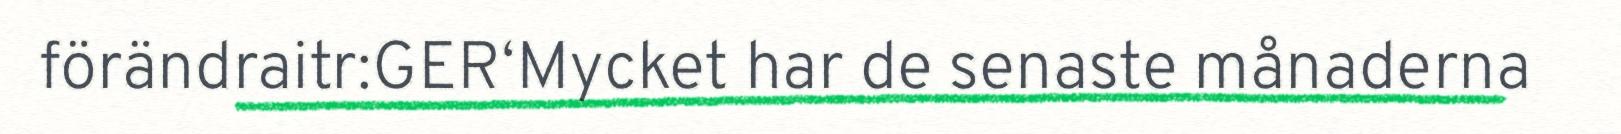
förändraitr:GER‘Mycket har de senaste månaderna